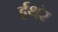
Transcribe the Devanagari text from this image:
ईथंर